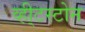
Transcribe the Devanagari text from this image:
व्ही्टस्टोन